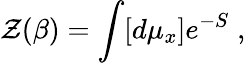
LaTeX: {\cal Z}(\beta)=\int[d\mu_{x}]e^{-S}\; ,